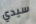
سيدي